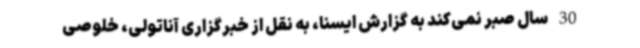
30 سال صبر نمی‌کند به گزارش ایسنا، به نقل از خبرگزاری آناتولی، خلوصی